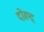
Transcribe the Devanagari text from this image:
दोरूद